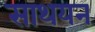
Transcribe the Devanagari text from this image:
साथयन